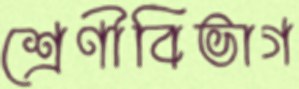
শ্রেণীবিভাগ